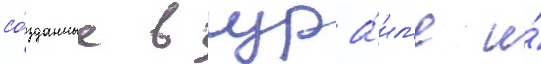
со́зданные в изра́ил'е и́